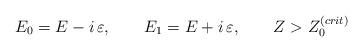
LaTeX: \begin{align*}E_0=E-i\,\varepsilon, \ \ \ \ \ \ E_1=E+i\,\varepsilon, \ \ \ \ \ \ Z > Z_0^{(crit)} \end{align*}